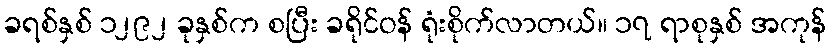
ခရစ်နှစ် ၁၂၉၂ ခုနှစ်က စပြီး ခရိုင်ဝန် ရုံးစိုက်လာတယ်။ ၁၇ ရာစုနှစ် အကုန်